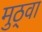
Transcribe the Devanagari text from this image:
मुठ्वा